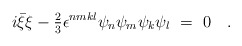
\begin{align*}i\bar\xi\xi-{\textstyle{\frac23}}\epsilon^{nmkl}\psi_n\psi_m\psi_k\psi_l\ =\ 0 \quad.\end{align*}